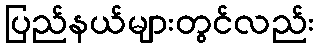
ပြည်နယ်များတွင်လည်း